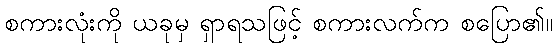
စကားလုံးကို ယခုမှ ရှာရသဖြင့် စကားလက်က စပြော၏။